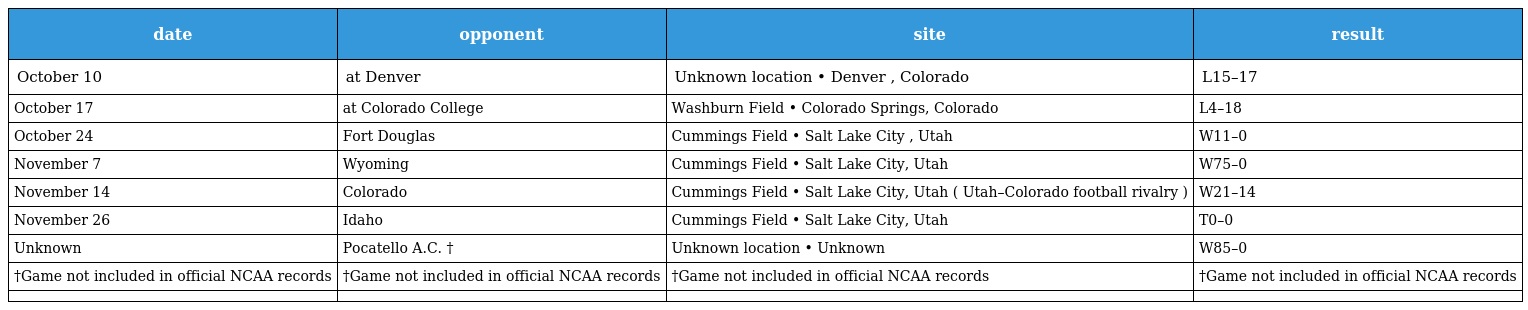
| date | opponent | site | result |
 | --- | --- | --- | --- |
 | October 10 | at Denver | Unknown location • Denver , Colorado | L15–17 |
 | October 17 | at Colorado College | Washburn Field • Colorado Springs, Colorado | L4–18 |
 | October 24 | Fort Douglas | Cummings Field • Salt Lake City , Utah | W11–0 |
 | November 7 | Wyoming | Cummings Field • Salt Lake City, Utah | W75–0 |
 | November 14 | Colorado | Cummings Field • Salt Lake City, Utah ( Utah–Colorado football rivalry ) | W21–14 |
 | November 26 | Idaho | Cummings Field • Salt Lake City, Utah | T0–0 |
 | Unknown | Pocatello A.C. † | Unknown location • Unknown | W85–0 |
 | †Game not included in official NCAA records | †Game not included in official NCAA records | †Game not included in official NCAA records | †Game not included in official NCAA records |
 |  |  |  |  |